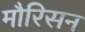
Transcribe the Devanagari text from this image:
मौरिसन